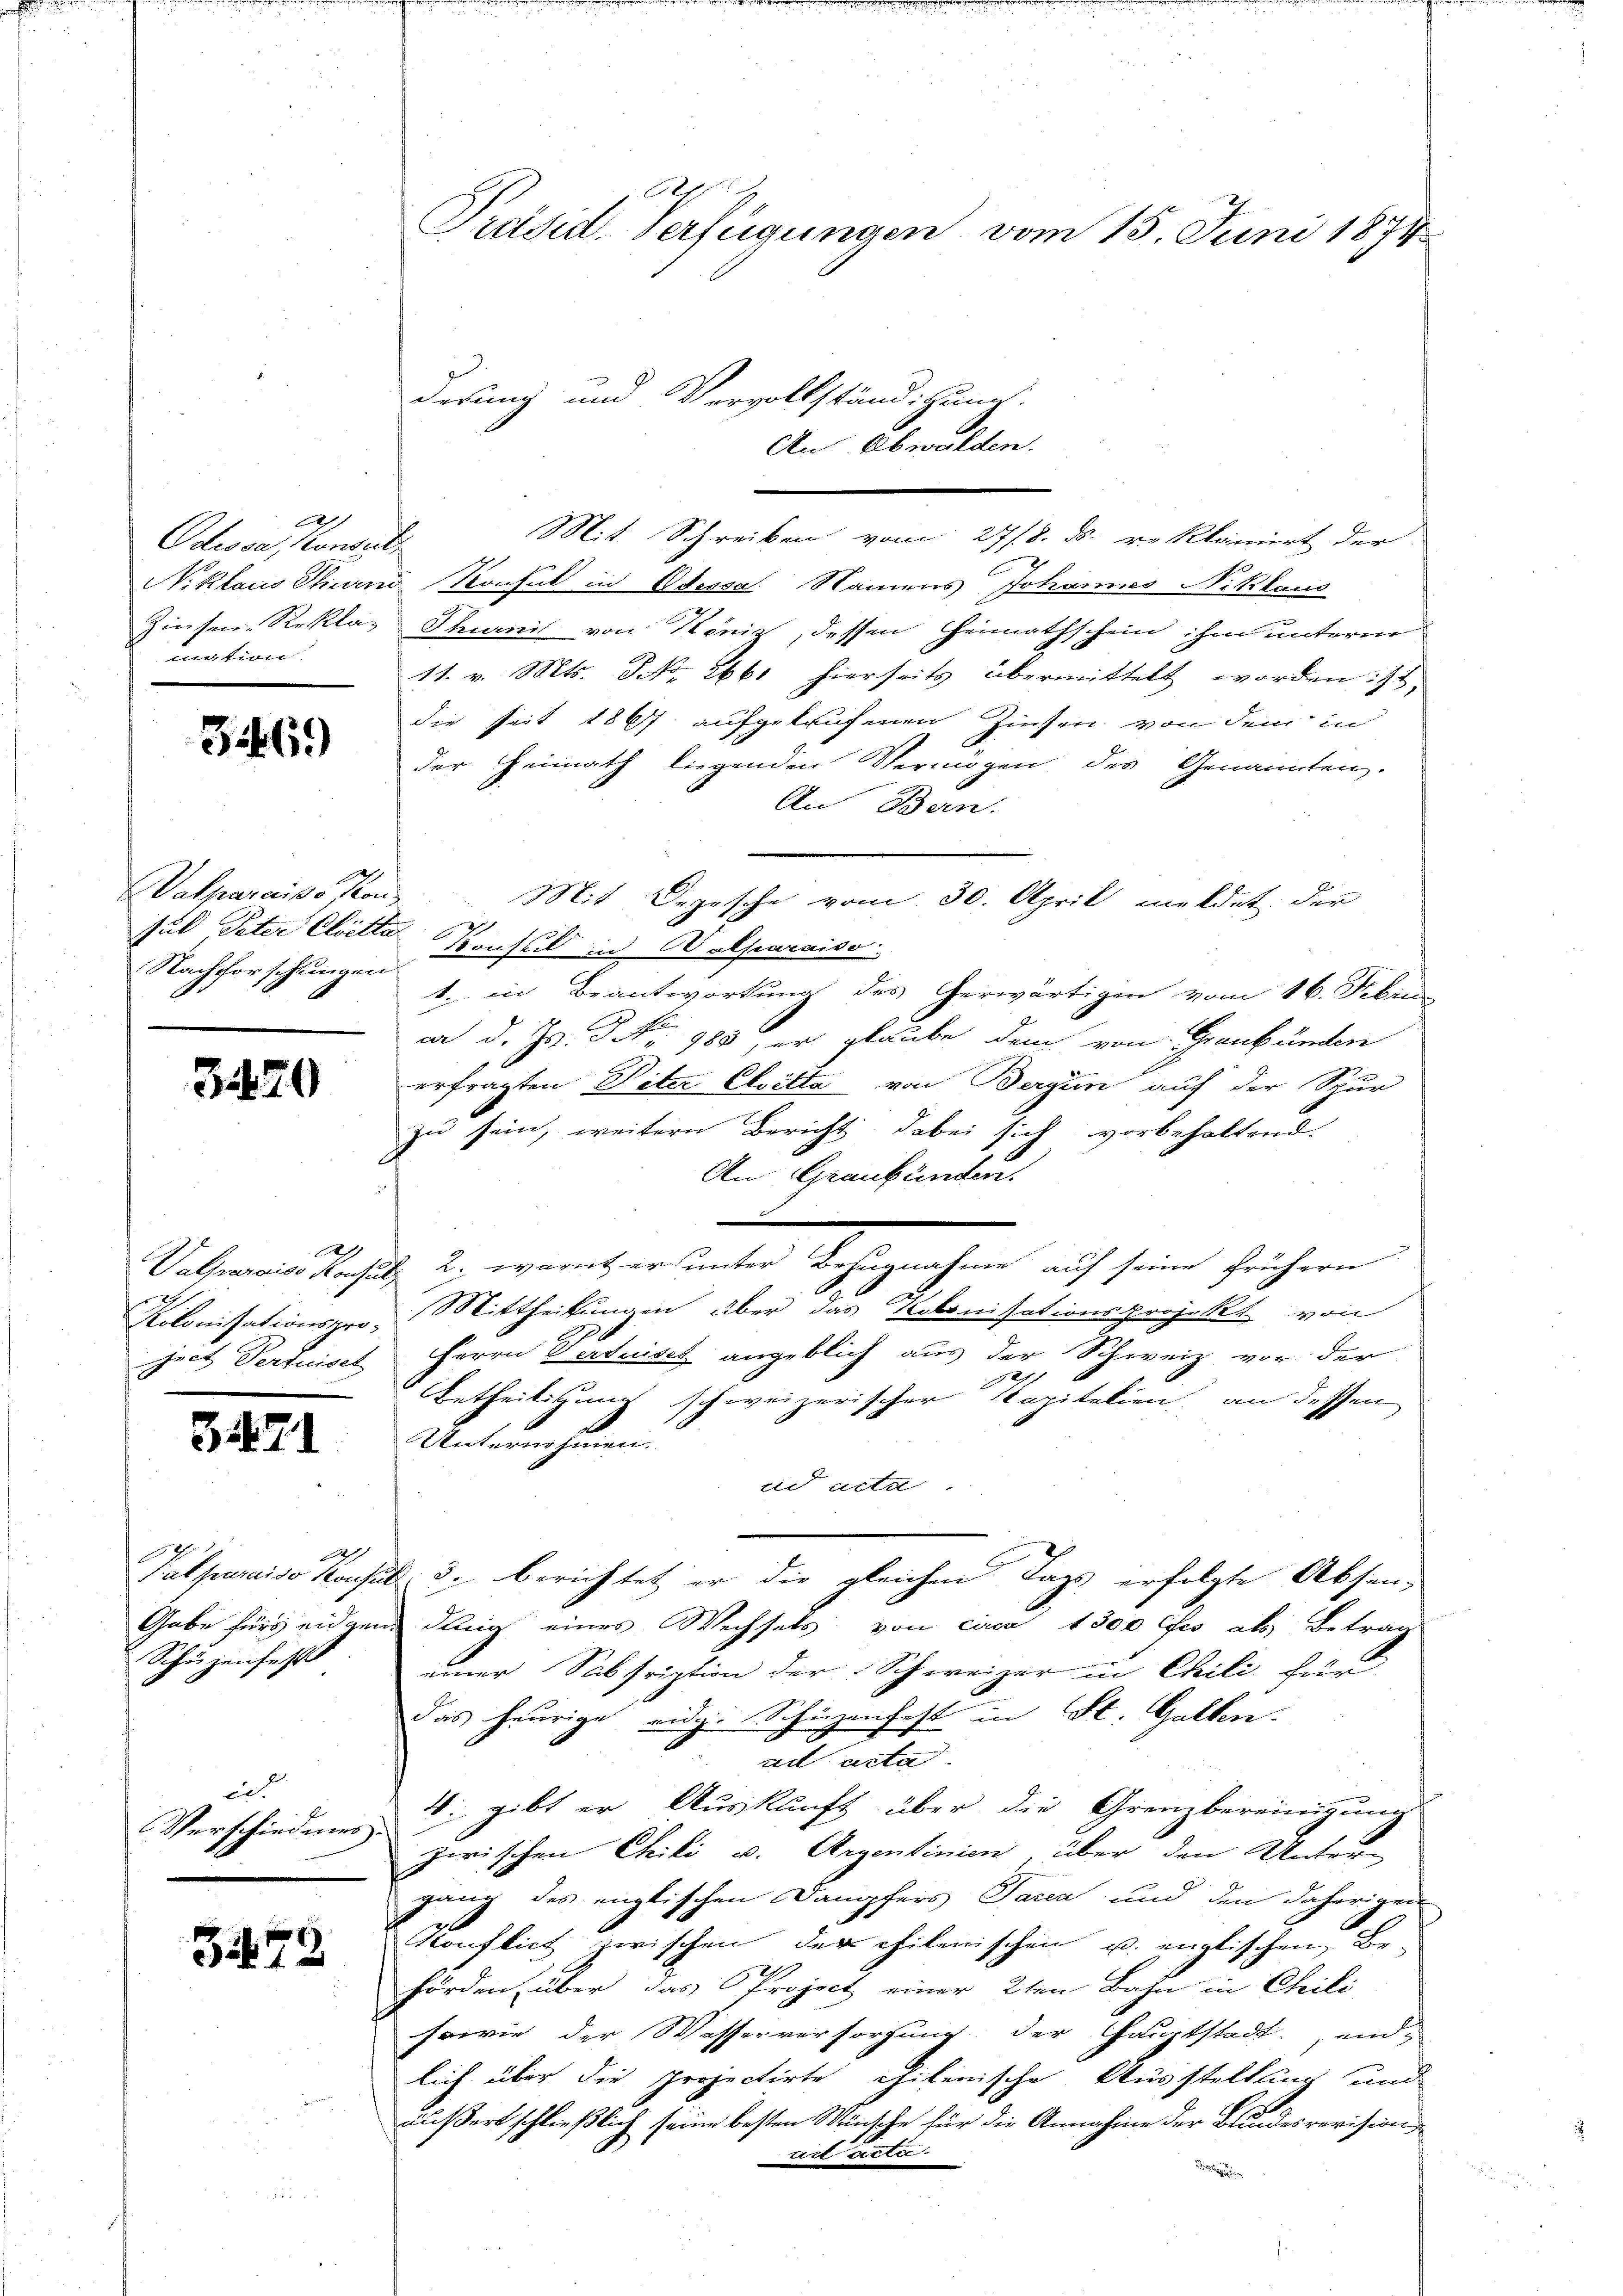
A
Odessa, Konsul
mation

31469)

A
Vatparaiso son¬
Nachforschungen

3420

1
2f
Kolonisationsproject Pertisel

371

22
Schüzenfess

ed
Verschiedenes

3473

A
Präsid. Verfügungen vom 15. Juni 1874

derung und Vervollständigung.
Mit Schreiben vom 27/8. ds. reklamirt der
2
Niklaus Thurn Konseit in Odessa. Namens Johannes Niklaus
Zinsen Reklas Thurni von Köniz, dessen Heimathschein ihm unterm
11. v. Mts. NNo. 2661 hierseits übermittelt worden ist,
die seit 1867 aufgelaufenen Zinsen von dem in
der Heimath liegenden Vermögen des Genannten.
An Bern.
Mit Depesche vom 30. April meldet der
sub Peter Clitte Konsul in Wolfaraiso
1. in Beantwortung des Gerwärtigen vom 16. Febru
car d. Js. No. 980, er glaube dem von Graubünden
erfragten Peter Cloetta von Bergen auf der Spur
zu sein, weitern Bericht dabei sich vorbehaltend
An Graubünden.
Valparaiss Konsul 2. worüber unter Bezugnahme auf seine frühern
Mittheilungen über das Kolonisationsprojekt von
s
Herrn Verteiset angeblich aus der Schweiz, vor der
h
Betheiligung schweizerischer Kapitalien, an dessen
Unternehmen.
ad acta.
Patparaiso Consul 3. berichtet er die gleichen Tags erfolgte Absen,
Gabe fürs eidgend ding eines Wechsels von circa 1500 ffes als Betrag
einer Subsription der Schweizer in Chili für
das heurige eidg. Schüzenfest in St. Gallen.
ad acte
4. gibt er Auskunft über die Grenzbereinigung
zwischen Cili u. Argentinien, über den Unter-
gang des englischen Dampfers Tarca und den daherigen
Konflich zwischen der chilenischen u. englischen Be-
hörden über das Project einer 2ten Bahn in Chrili
sowie der Wasserversorgung der Caurtstadt endlich über die projectirte chilenische Ausstellung und
t
äußert schließlich seine besten Wünsche für die Annahme der Bundesrevision
ad acta.
d

An Obwalden.